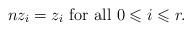
LaTeX: \begin{align*}nz_i=z_i \mbox{ for all } 0\leqslant i\leqslant r.\end{align*}